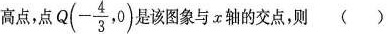
高点，点Q $$Q(- \frac{4}{3},0)$$ 该图象与x轴的交点，则( )